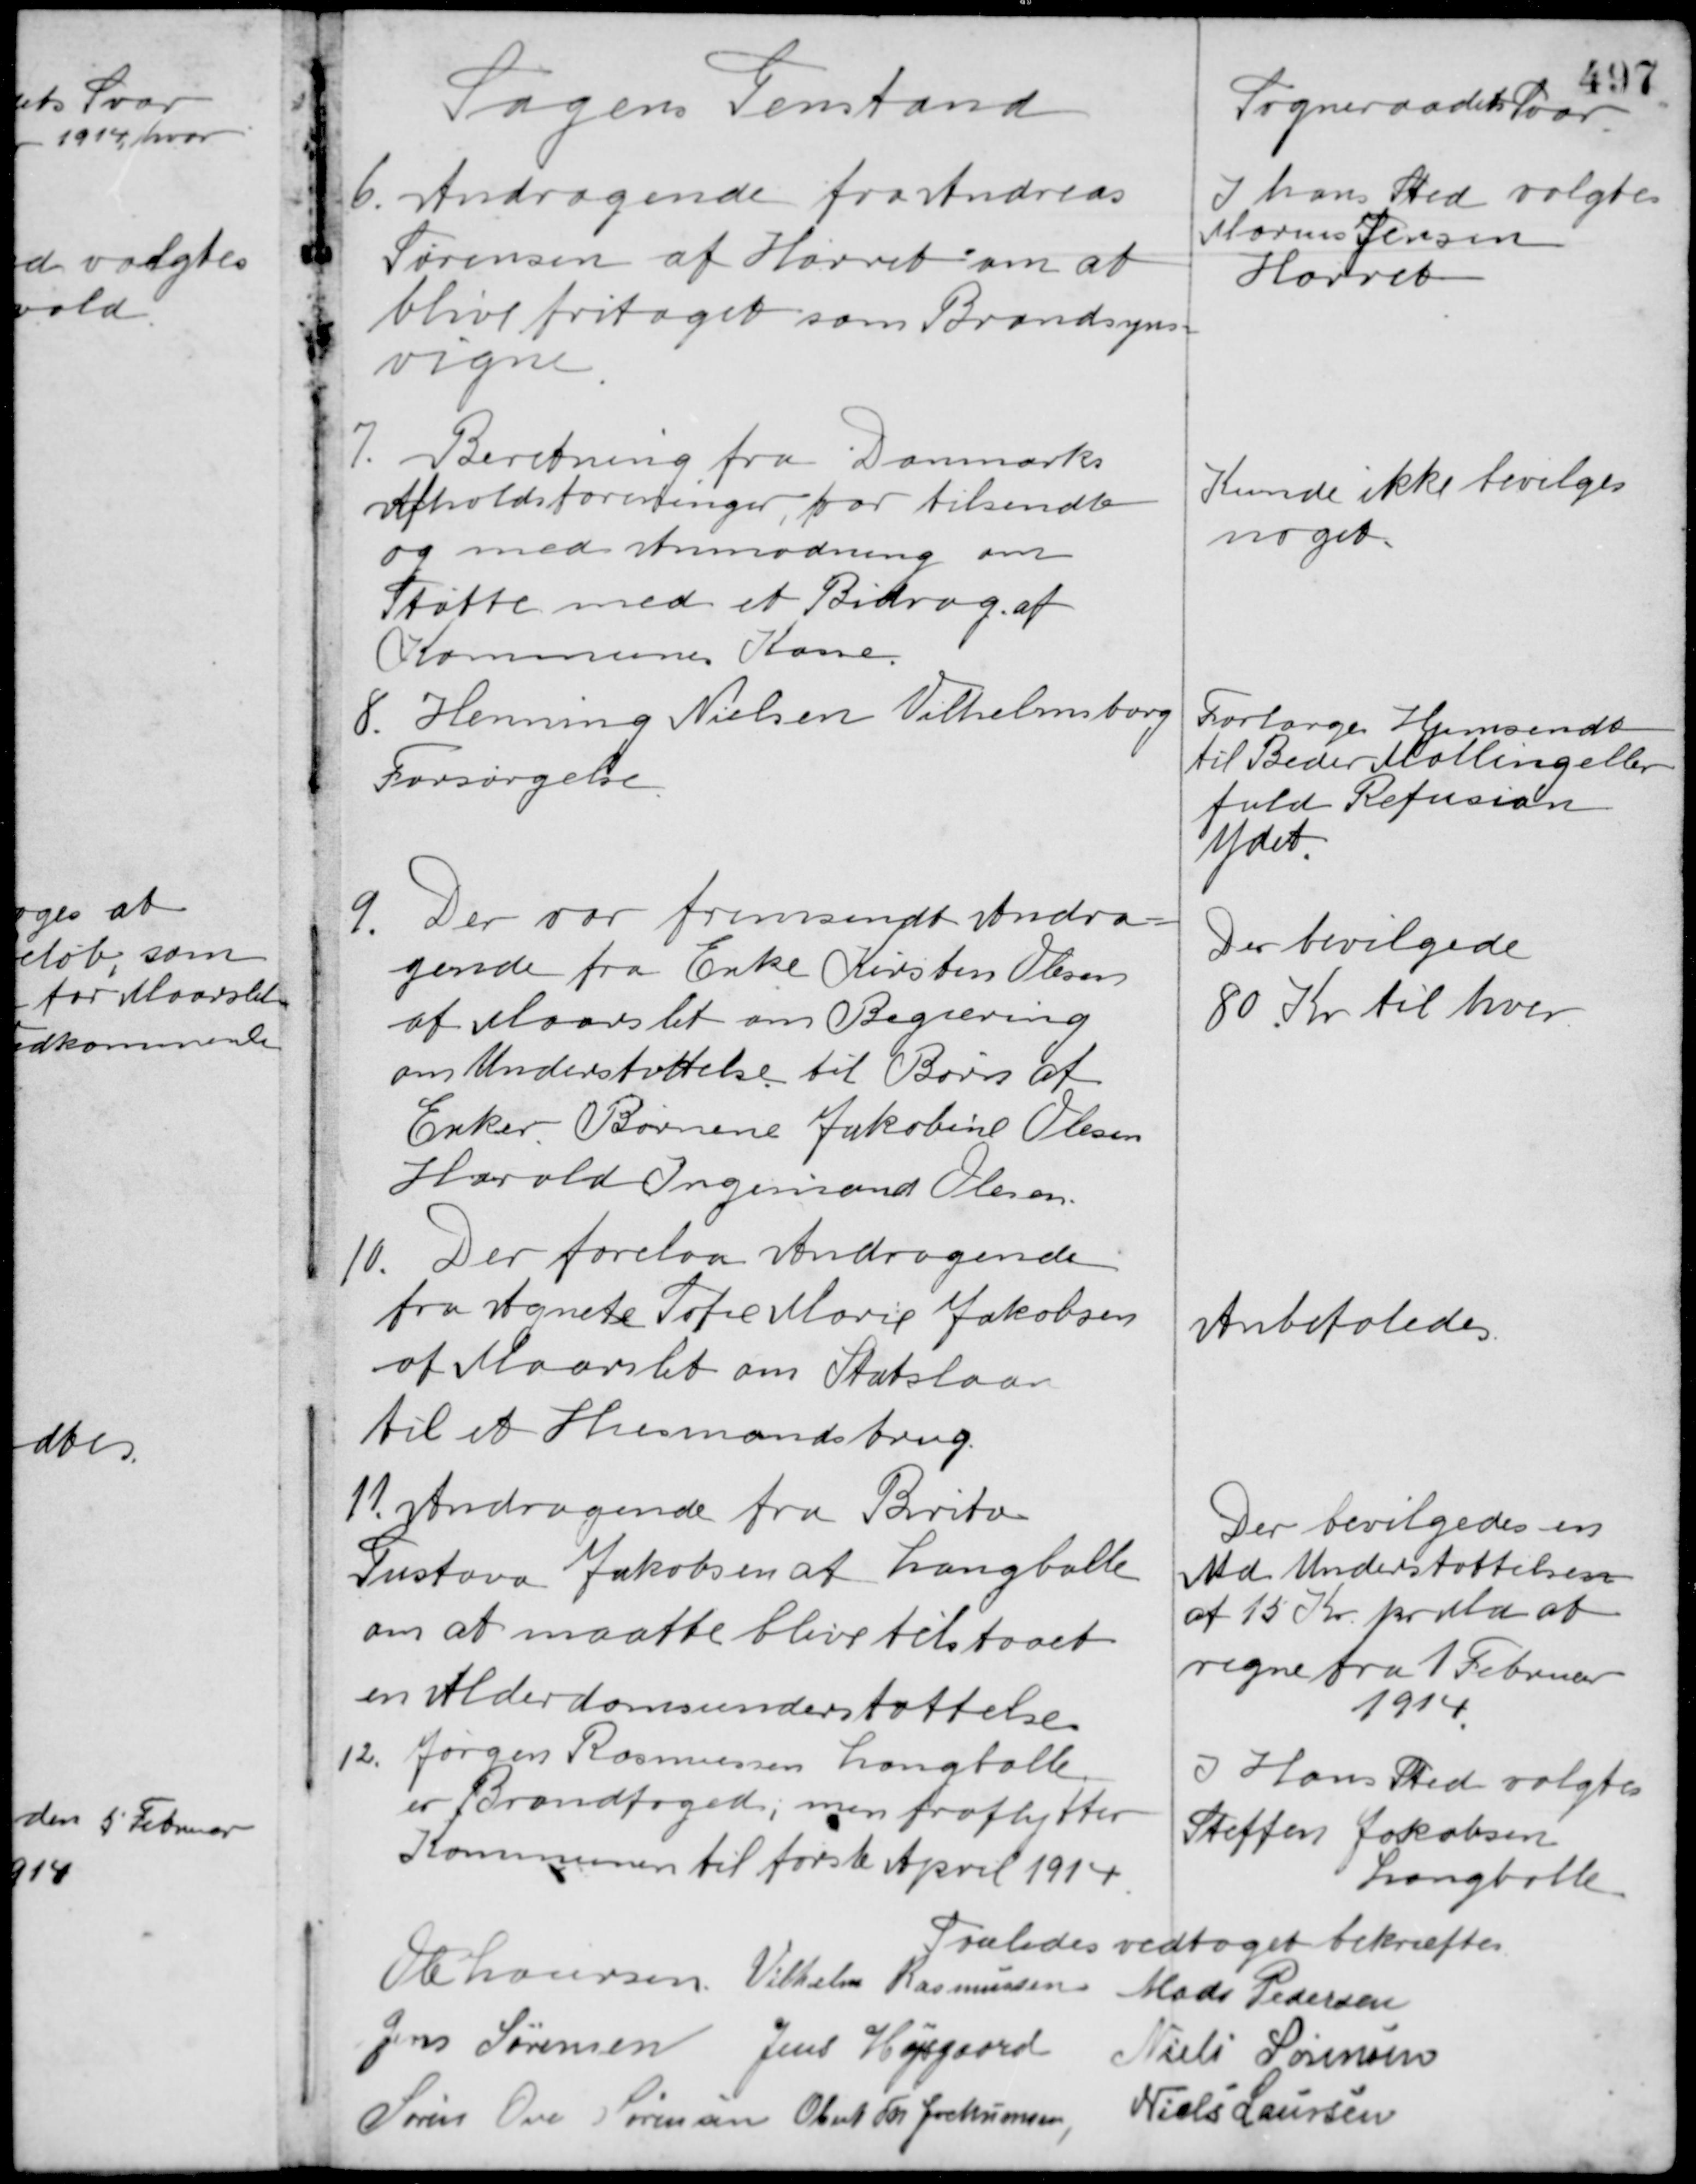
Transskription:
6. Andragende fra Andreas
Sagens Genstand

Sogneraadets Svar

6. Andragende fra Andreas
Sørensen af Hørret om at
blive fritaget som Brandsyns-
vegne.

I hans Sted valgtes
Mornes Jensen
Hørret

7. Beretning fra Danmarks
Afholdsforeninger, for tilsendte
og med Anmodning om
Støtte med et Bidrag af
Kommunes Kasse.

Kunde ikke bevilges
noget

8. Henning Nielsen Vilhelmsborg
Forsørgelse

Forlange Hjemsendt
til Beder Malling eller
fuld Refusion
ydet.

9. Der var fremsendt Andrag-
gende fra Enke Kirsten Olesen
af Maarslet om Begæring
om Understøttelse til Børn af
Enker. Børnene Jakobine Olesen
Harald Ingemand Olesen.

Der bevilgede
80 Kr. til hver

10. Der forelaa Andragende
fra Agnete Sofie Marie Jakobsen
af Maarslet om Statslaan
til et Husmandsbrug.

Anbefaledes

11. Andragende fra Brita
Gustava Jakobsen af Langballe
om at maatte blive tilstaaet
en Alderdomsunderstøttelse

Der bevilgedes en
Md. Understøttelsen
af 15 Kr. pr. Md. at
regne fra 1 Februar
1914

12. Jørgen Rasmussen Langballe
er Brandfoged, men fraflytter
Kommunen til første April 1914.

I Hans Sted valgtes
Steffen Jakobsen
Langballe

Saaledes vedtaget bekræftes
Ole Laursen Vilhelm Rasmussen Mads Pedersen
Jens Sørensen Jens Højsgaard Niels Sørensen
Søren Ove Sørensen Obert Th. Jochumsen
Niels Laursen